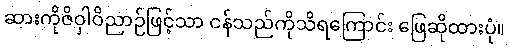
ဆားကိုဇိဝှါဝိညာဉ်ဖြင့်သာ ငန်သည်ကိုသိရကြောင်း ဖြေဆိုထားပုံ။